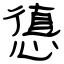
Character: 憄